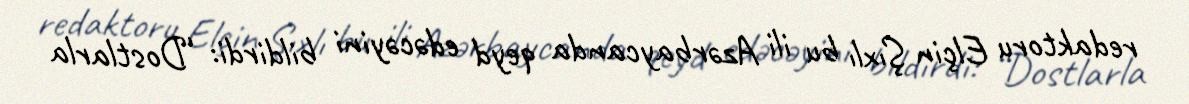
redaktoru Elçin Şıxlı bu ili Azərbaycanda qeyd edəcəyini bildirdi: “Dostlarla